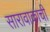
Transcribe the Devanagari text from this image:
सारावाकाची